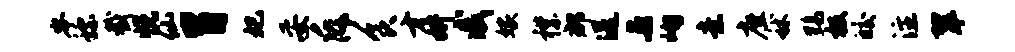
岑称截悦仙胃妃妥斥食才妍戚嫁襟郡送与峋意座秫黝极皎注翠